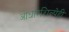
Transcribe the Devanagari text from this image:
आधारशिल्पेही